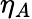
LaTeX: \eta_{A}